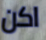
اكن